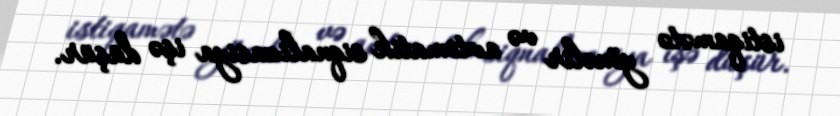
istiqamətə yönəlir və avtomatik siqnalizasiya işə düşür.